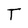
Character: T